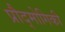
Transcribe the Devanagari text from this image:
प्रौद्मोगिकी